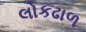
લોકઢાળ